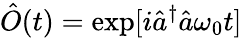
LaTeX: \hat{O}(t)=\exp[i\hat{a}^{\dagger}\hat{a}\omega_{0}t]